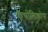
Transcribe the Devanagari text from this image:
कैथोलिकोस